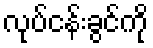
လုပ်ငန်းခွင်ကို